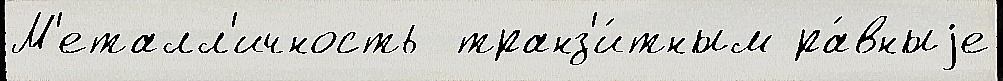
М'еталл'ичность  транз'и́тным ра́вныjе